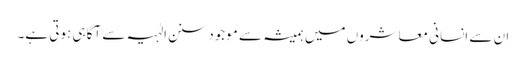
ان سے انسانی معاشروں میں ہمیشہ سے موجود سنن الٰہیہ سے آگاہی ہوتی ہے۔